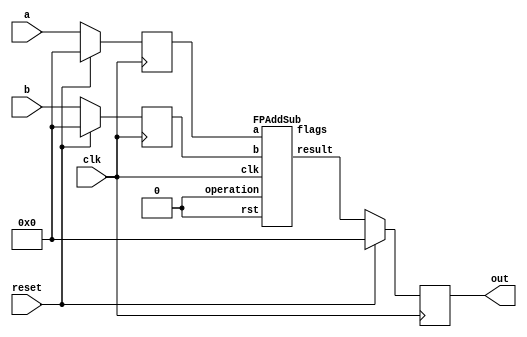
`define BFLOAT16 
`define VCS
`define EXPONENT 8
`define MANTISSA 7
`define EXPONENT 5
`define MANTISSA 10
`define SIGN 1
`define DWIDTH (`SIGN+`EXPONENT+`MANTISSA)
`define AWIDTH 10
`define MEM_SIZE 1024
`define DESIGN_SIZE 12
`define CU_SIZE 4
`define MASK_WIDTH 4
`define MEM_ACCESS_LATENCY 1
`define REG_DATAWIDTH 32
`define REG_ADDRWIDTH 8
`define ITERATIONS_WIDTH 32
`define REG_STDN_ADDR 32'h4
`define REG_MATRIX_A_ADDR 32'he
`define REG_MATRIX_B_ADDR 32'h12
`define REG_MATRIX_C_ADDR 32'h16
`define REG_VALID_MASK_A_ADDR 32'h20
`define REG_VALID_MASK_B_ADDR 32'h5c
`define REG_ITERATIONS_ADDR 32'h40
`define PE_PIPELINE_DEPTH 5
`define IDLE     2'b00
`define W_ENABLE  2'b01
`define R_ENABLE  2'b10

module seq_add(a, b, out, reset, clk);
input [`DWIDTH-1:0] a;
input [`DWIDTH-1:0] b;
input reset;
input clk;
output [`DWIDTH-1:0] out;

reg [`DWIDTH-1:0] a_flopped;
reg [`DWIDTH-1:0] b_flopped;

wire [`DWIDTH-1:0] sum_out_temp;
reg [`DWIDTH-1:0] sum_out_temp_reg;

always @(posedge clk) begin
  if (reset) begin
    a_flopped <= 0;
    b_flopped <= 0;
  end else begin
    a_flopped <= a;
    b_flopped <= b;
  end
end

//assign sum_out_temp = a + b;
`ifdef complex_dsp
adder_fp_clk add_u1(.clk(clk), .a(a_flopped), .b(b_flopped), .out(sum_out_temp));
`else
FPAddSub u_FPAddSub (.clk(clk), .rst(1'b0), .a(a_flopped), .b(b_flopped), .operation(1'b0), .result(sum_out_temp), .flags());
`endif

always @(posedge clk) begin
  if (reset) begin
    sum_out_temp_reg <= 0;
  end else begin
    sum_out_temp_reg <= sum_out_temp;
  end
end

assign out = sum_out_temp_reg;

endmodule

module FPAddSub(
		//bf16,
		clk,
		rst,
		a,
		b,
		operation,			// 0 add, 1 sub
		result,
		flags
	);
	//input bf16; //1 for Bfloat16, 0 for IEEE half precision

	// Clock and reset
	input clk ;										// Clock signal
	input rst ;										// Reset (active high, resets pipeline registers)
	
	// Input ports
	input [`DWIDTH-1:0] a ;								// Input A, a 32-bit floating point number
	input [`DWIDTH-1:0] b ;								// Input B, a 32-bit floating point number
	input operation ;								// Operation select signal
	
	// Output ports
	output [`DWIDTH-1:0] result ;						// Result of the operation
	output [4:0] flags ;							// Flags indicating exceptions according to IEEE754
	
	// Pipeline Registers
	//reg [79:0] pipe_1;							// Pipeline register PreAlign->Align1
	reg [2*`EXPONENT + 2*`DWIDTH + 5:0] pipe_1;							// Pipeline register PreAlign->Align1

	//reg [67:0] pipe_2;							// Pipeline register Align1->Align3
	//reg [2*`EXPONENT+ 2*`MANTISSA + 8:0] pipe_2;							// Pipeline register Align1->Align3
	wire [2*`EXPONENT+ 2*`MANTISSA + 8:0] pipe_2;

	//reg [76:0] pipe_3;	68						// Pipeline register Align1->Align3
	reg [2*`EXPONENT+ 2*`MANTISSA + 9:0] pipe_3;							// Pipeline register Align1->Align3

	//reg [69:0] pipe_4;							// Pipeline register Align3->Execute
	//reg [2*`EXPONENT+ 2*`MANTISSA + 9:0] pipe_4;							// Pipeline register Align3->Execute
	wire [2*`EXPONENT+ 2*`MANTISSA + 9:0] pipe_4;
	
	//reg [51:0] pipe_5;							// Pipeline register Execute->Normalize
	reg [`DWIDTH+`EXPONENT+11:0] pipe_5;							// Pipeline register Execute->Normalize

	//reg [56:0] pipe_6;							// Pipeline register Nomalize->NormalizeShift1
	//reg [`DWIDTH+`EXPONENT+16:0] pipe_6;							// Pipeline register Nomalize->NormalizeShift1
	wire [`DWIDTH+`EXPONENT+16:0] pipe_6;

	//reg [56:0] pipe_7;							// Pipeline register NormalizeShift2->NormalizeShift3
	//reg [`DWIDTH+`EXPONENT+16:0] pipe_7;							// Pipeline register NormalizeShift2->NormalizeShift3
	wire [`DWIDTH+`EXPONENT+16:0] pipe_7;
	//reg [54:0] pipe_8;							// Pipeline register NormalizeShift3->Round
	reg [`EXPONENT*2+`MANTISSA+15:0] pipe_8;							// Pipeline register NormalizeShift3->Round

	//reg [40:0] pipe_9;							// Pipeline register NormalizeShift3->Round
	//reg [`DWIDTH+8:0] pipe_9;							// Pipeline register NormalizeShift3->Round
	wire [`DWIDTH+8:0] pipe_9;

	// Internal wires between modules
	wire [`DWIDTH-2:0] Aout_0 ;							// A - sign
	wire [`DWIDTH-2:0] Bout_0 ;							// B - sign
	wire Opout_0 ;									// A's sign
	wire Sa_0 ;										// A's sign
	wire Sb_0 ;										// B's sign
	wire MaxAB_1 ;									// Indicates the larger of A and B(0/A, 1/B)
	wire [`EXPONENT-1:0] CExp_1 ;							// Common Exponent
	wire [`EXPONENT-1:0] Shift_1 ;							// Number of steps to smaller mantissa shift right (align)
	wire [`MANTISSA-1:0] Mmax_1 ;							// Larger mantissa
	wire [4:0] InputExc_0 ;						// Input numbers are exceptions
	wire [2*`EXPONENT-1:0] ShiftDet_0 ;
	wire [`MANTISSA-1:0] MminS_1 ;						// Smaller mantissa after 0/16 shift
	wire [`MANTISSA:0] MminS_2 ;						// Smaller mantissa after 0/4/8/12 shift
	wire [`MANTISSA:0] Mmin_3 ;							// Smaller mantissa after 0/1/2/3 shift
	wire [`DWIDTH:0] Sum_4 ;
	wire PSgn_4 ;
	wire Opr_4 ;
	wire [`EXPONENT-1:0] Shift_5 ;							// Number of steps to shift sum left (normalize)
	wire [`DWIDTH:0] SumS_5 ;							// Sum after 0/16 shift
	wire [`DWIDTH:0] SumS_6 ;							// Sum after 0/16 shift
	wire [`DWIDTH:0] SumS_7 ;							// Sum after 0/16 shift
	wire [`MANTISSA-1:0] NormM_8 ;						// Normalized mantissa
	wire [`EXPONENT:0] NormE_8;							// Adjusted exponent
	wire ZeroSum_8 ;								// Zero flag
	wire NegE_8 ;									// Flag indicating negative exponent
	wire R_8 ;										// Round bit
	wire S_8 ;										// Final sticky bit
	wire FG_8 ;										// Final sticky bit
	wire [`DWIDTH-1:0] P_int ;
	wire EOF ;
	
	// Prepare the operands for alignment and check for exceptions
	FPAddSub_PrealignModule PrealignModule
	(	// Inputs
		a, b, operation,
		// Outputs
		Sa_0, Sb_0, ShiftDet_0[2*`EXPONENT-1:0], InputExc_0[4:0], Aout_0[`DWIDTH-2:0], Bout_0[`DWIDTH-2:0], Opout_0) ;
		
	// Prepare the operands for alignment and check for exceptions
	FPAddSub_AlignModule AlignModule
	(	// Inputs
		pipe_1[2*`EXPONENT + 2*`DWIDTH + 4: 2*`EXPONENT +`DWIDTH + 6], pipe_1[2*`EXPONENT +`DWIDTH + 5 :  2*`EXPONENT +7], pipe_1[2*`EXPONENT+4:5],
		// Outputs
		CExp_1[`EXPONENT-1:0], MaxAB_1, Shift_1[`EXPONENT-1:0], MminS_1[`MANTISSA-1:0], Mmax_1[`MANTISSA-1:0]) ;	

	// Alignment Shift Stage 1
	FPAddSub_AlignShift1 AlignShift1
	(  // Inputs
		//bf16, 
		pipe_2[`MANTISSA-1:0], pipe_2[`EXPONENT+ 2*`MANTISSA + 4 : 2*`MANTISSA + 7],
		// Outputs
		MminS_2[`MANTISSA:0]) ;

	// Alignment Shift Stage 3 and compution of guard and sticky bits
	FPAddSub_AlignShift2 AlignShift2  
	(  // Inputs
		pipe_3[`MANTISSA:0], pipe_3[2*`MANTISSA+7:2*`MANTISSA+6],
		// Outputs
		Mmin_3[`MANTISSA:0]) ;
						
	// Perform mantissa addition
	FPAddSub_ExecutionModule ExecutionModule
	(  // Inputs
		pipe_4[`MANTISSA*2+5:`MANTISSA+6], pipe_4[`MANTISSA:0], pipe_4[2*`EXPONENT+ 2*`MANTISSA + 8], pipe_4[2*`EXPONENT+ 2*`MANTISSA + 7], pipe_4[2*`EXPONENT+ 2*`MANTISSA + 6], pipe_4[2*`EXPONENT+ 2*`MANTISSA + 9],
		// Outputs
		Sum_4[`DWIDTH:0], PSgn_4, Opr_4) ;
	
	// Prepare normalization of result
	FPAddSub_NormalizeModule NormalizeModule
	(  // Inputs
		pipe_5[`DWIDTH:0], 
		// Outputs
		SumS_5[`DWIDTH:0], Shift_5[4:0]) ;
					
	// Normalization Shift Stage 1
	FPAddSub_NormalizeShift1 NormalizeShift1
	(  // Inputs
		pipe_6[`DWIDTH:0], pipe_6[`DWIDTH+`EXPONENT+14:`DWIDTH+`EXPONENT+11],
		// Outputs
		SumS_7[`DWIDTH:0]) ;
		
	// Normalization Shift Stage 3 and final guard, sticky and round bits
	FPAddSub_NormalizeShift2 NormalizeShift2
	(  // Inputs
		pipe_7[`DWIDTH:0], pipe_7[`DWIDTH+`EXPONENT+5:`DWIDTH+6], pipe_7[`DWIDTH+`EXPONENT+15:`DWIDTH+`EXPONENT+11],
		// Outputs
		NormM_8[`MANTISSA-1:0], NormE_8[`EXPONENT:0], ZeroSum_8, NegE_8, R_8, S_8, FG_8) ;

	// Round and put result together
	FPAddSub_RoundModule RoundModule
	(  // Inputs
		 pipe_8[3], pipe_8[4+`EXPONENT:4], pipe_8[`EXPONENT+`MANTISSA+4:5+`EXPONENT], pipe_8[1], pipe_8[0], pipe_8[`EXPONENT*2+`MANTISSA+15], pipe_8[`EXPONENT*2+`MANTISSA+12], pipe_8[`EXPONENT*2+`MANTISSA+11], pipe_8[`EXPONENT*2+`MANTISSA+14], pipe_8[`EXPONENT*2+`MANTISSA+10], 
		// Outputs
		P_int[`DWIDTH-1:0], EOF) ;
	
	// Check for exceptions
	FPAddSub_ExceptionModule Exceptionmodule
	(  // Inputs
		pipe_9[8+`DWIDTH:9], pipe_9[8], pipe_9[7], pipe_9[6], pipe_9[5:1], pipe_9[0], 
		// Outputs
		result[`DWIDTH-1:0], flags[4:0]) ;			
	

assign pipe_2 = {pipe_1[2*`EXPONENT + 2*`DWIDTH + 5], pipe_1[2*`EXPONENT +6:2*`EXPONENT +5], MaxAB_1, CExp_1[`EXPONENT-1:0], Shift_1[`EXPONENT-1:0], Mmax_1[`MANTISSA-1:0], pipe_1[4:0], MminS_1[`MANTISSA-1:0]} ;
assign pipe_4 = {pipe_3[2*`EXPONENT+ 2*`MANTISSA + 9:`MANTISSA+1], Mmin_3[`MANTISSA:0]} ;
assign pipe_6 = {pipe_5[`DWIDTH+`EXPONENT+11], Shift_5[4:0], pipe_5[`DWIDTH+`EXPONENT+10:`DWIDTH+1], SumS_5[`DWIDTH:0]} ;
assign pipe_7 = {pipe_6[`DWIDTH+`EXPONENT+16:`DWIDTH+1], SumS_7[`DWIDTH:0]} ;
assign pipe_9 = {P_int[`DWIDTH-1:0], pipe_8[2], pipe_8[1], pipe_8[0], pipe_8[`EXPONENT+`MANTISSA+9:`EXPONENT+`MANTISSA+5], EOF} ;

	always @ (posedge clk) begin	
		if(rst) begin
			pipe_1 <= 0;
			//pipe_2 <= 0;
			pipe_3 <= 0;
			//pipe_4 <= 0;
			pipe_5 <= 0;
			//pipe_6 <= 0;
			//pipe_7 <= 0;
			pipe_8 <= 0;
			//pipe_9 <= 0;
		end 
		else begin
/* PIPE_1:
	[2*`EXPONENT + 2*`DWIDTH + 5]  Opout_0
	[2*`EXPONENT + 2*`DWIDTH + 4: 2*`EXPONENT +`DWIDTH + 6] A_out0
	[2*`EXPONENT +`DWIDTH + 5 :  2*`EXPONENT +7] Bout_0
	[2*`EXPONENT +6] Sa_0
	[2*`EXPONENT +5] Sb_0
	[2*`EXPONENT +4 : 5] ShiftDet_0
	[4:0] Input Exc
*/
			pipe_1 <= {Opout_0, Aout_0[`DWIDTH-2:0], Bout_0[`DWIDTH-2:0], Sa_0, Sb_0, ShiftDet_0[2*`EXPONENT -1:0], InputExc_0[4:0]} ;	
/* PIPE_2
[2*`EXPONENT+ 2*`MANTISSA + 8] operation
[2*`EXPONENT+ 2*`MANTISSA + 7] Sa_0
[2*`EXPONENT+ 2*`MANTISSA + 6] Sb_0
[2*`EXPONENT+ 2*`MANTISSA + 5] MaxAB_0
[2*`EXPONENT+ 2*`MANTISSA + 4:`EXPONENT+ 2*`MANTISSA + 5] CExp_0
[`EXPONENT+ 2*`MANTISSA + 4 : 2*`MANTISSA + 5] Shift_0
[2*`MANTISSA + 4:`MANTISSA + 5] Mmax_0
[`MANTISSA + 4 : `MANTISSA] InputExc_0
[`MANTISSA-1:0] MminS_1
*/
			//pipe_2 <= {pipe_1[2*`EXPONENT + 2*`DWIDTH + 5], pipe_1[2*`EXPONENT +6:2*`EXPONENT +5], MaxAB_1, CExp_1[`EXPONENT-1:0], Shift_1[`EXPONENT-1:0], Mmax_1[`MANTISSA-1:0], pipe_1[4:0], MminS_1[`MANTISSA-1:0]} ;	
/* PIPE_3
[2*`EXPONENT+ 2*`MANTISSA + 9] operation
[2*`EXPONENT+ 2*`MANTISSA + 8] Sa_0
[2*`EXPONENT+ 2*`MANTISSA + 7] Sb_0
[2*`EXPONENT+ 2*`MANTISSA + 6] MaxAB_0
[2*`EXPONENT+ 2*`MANTISSA + 5:`EXPONENT+ 2*`MANTISSA + 6] CExp_0
[`EXPONENT+ 2*`MANTISSA + 5 : 2*`MANTISSA + 6] Shift_0
[2*`MANTISSA + 5:`MANTISSA + 6] Mmax_0
[`MANTISSA + 5 : `MANTISSA + 1] InputExc_0
[`MANTISSA:0] MminS_2
*/
			pipe_3 <= {pipe_2[2*`EXPONENT+ 2*`MANTISSA + 8:`MANTISSA], MminS_2[`MANTISSA:0]} ;	
/* PIPE_4
[2*`EXPONENT+ 2*`MANTISSA + 9] operation
[2*`EXPONENT+ 2*`MANTISSA + 8] Sa_0
[2*`EXPONENT+ 2*`MANTISSA + 7] Sb_0
[2*`EXPONENT+ 2*`MANTISSA + 6] MaxAB_0
[2*`EXPONENT+ 2*`MANTISSA + 5:`EXPONENT+ 2*`MANTISSA + 6] CExp_0
[`EXPONENT+ 2*`MANTISSA + 5 : 2*`MANTISSA + 6] Shift_0
[2*`MANTISSA + 5:`MANTISSA + 6] Mmax_0
[`MANTISSA + 5 : `MANTISSA + 1] InputExc_0
[`MANTISSA:0] MminS_3
*/				
			//pipe_4 <= {pipe_3[2*`EXPONENT+ 2*`MANTISSA + 9:`MANTISSA+1], Mmin_3[`MANTISSA:0]} ;	
/* PIPE_5 :
[`DWIDTH+ `EXPONENT + 11] operation
[`DWIDTH+ `EXPONENT + 10] PSgn_4
[`DWIDTH+ `EXPONENT + 9] Opr_4
[`DWIDTH+ `EXPONENT + 8] Sa_0
[`DWIDTH+ `EXPONENT + 7] Sb_0
[`DWIDTH+ `EXPONENT + 6] MaxAB_0
[`DWIDTH+ `EXPONENT + 5 :`DWIDTH+6] CExp_0
[`DWIDTH+5:`DWIDTH+1] InputExc_0
[`DWIDTH:0] Sum_4
*/					
			pipe_5 <= {pipe_4[2*`EXPONENT+ 2*`MANTISSA + 9], PSgn_4, Opr_4, pipe_4[2*`EXPONENT+ 2*`MANTISSA + 8:`EXPONENT+ 2*`MANTISSA + 6], pipe_4[`MANTISSA+5:`MANTISSA+1], Sum_4[`DWIDTH:0]} ;
/* PIPE_6 :
[`DWIDTH+ `EXPONENT + 16] operation
[`DWIDTH+ `EXPONENT + 15:`DWIDTH+ `EXPONENT + 11] Shift_5
[`DWIDTH+ `EXPONENT + 10] PSgn_4
[`DWIDTH+ `EXPONENT + 9] Opr_4
[`DWIDTH+ `EXPONENT + 8] Sa_0
[`DWIDTH+ `EXPONENT + 7] Sb_0
[`DWIDTH+ `EXPONENT + 6] MaxAB_0
[`DWIDTH+ `EXPONENT + 5 :`DWIDTH+6] CExp_0
[`DWIDTH+5:`DWIDTH+1] InputExc_0
[`DWIDTH:0] Sum_4
*/				
			//pipe_6 <= {pipe_5[`DWIDTH+`EXPONENT+11], Shift_5[4:0], pipe_5[`DWIDTH+`EXPONENT+10:`DWIDTH+1], SumS_5[`DWIDTH:0]} ;	
/* PIPE_7 :
[`DWIDTH+ `EXPONENT + 16] operation
[`DWIDTH+ `EXPONENT + 15:`DWIDTH+ `EXPONENT + 11] Shift_5
[`DWIDTH+ `EXPONENT + 10] PSgn_4
[`DWIDTH+ `EXPONENT + 9] Opr_4
[`DWIDTH+ `EXPONENT + 8] Sa_0
[`DWIDTH+ `EXPONENT + 7] Sb_0
[`DWIDTH+ `EXPONENT + 6] MaxAB_0
[`DWIDTH+ `EXPONENT + 5 :`DWIDTH+6] CExp_0
[`DWIDTH+5:`DWIDTH+1] InputExc_0
[`DWIDTH:0] Sum_4
*/						
			//pipe_7 <= {pipe_6[`DWIDTH+`EXPONENT+16:`DWIDTH+1], SumS_7[`DWIDTH:0]} ;	
/* PIPE_8:
[2*`EXPONENT + `MANTISSA + 15] FG_8 
[2*`EXPONENT + `MANTISSA + 14] operation
[2*`EXPONENT + `MANTISSA + 13] PSgn_4
[2*`EXPONENT + `MANTISSA + 12] Sa_0
[2*`EXPONENT + `MANTISSA + 11] Sb_0
[2*`EXPONENT + `MANTISSA + 10] MaxAB_0
[2*`EXPONENT + `MANTISSA + 9:`EXPONENT + `MANTISSA + 10] CExp_0
[`EXPONENT + `MANTISSA + 9:`EXPONENT + `MANTISSA + 5] InputExc_8
[`EXPONENT + `MANTISSA + 4 :`EXPONENT + 5] NormM_8 
[`EXPONENT + 4 :4] NormE_8
[3] ZeroSum_8
[2] NegE_8
[1] R_8
[0] S_8
*/				
			pipe_8 <= {FG_8, pipe_7[`DWIDTH+`EXPONENT+16], pipe_7[`DWIDTH+`EXPONENT+10], pipe_7[`DWIDTH+`EXPONENT+8:`DWIDTH+1], NormM_8[`MANTISSA-1:0], NormE_8[`EXPONENT:0], ZeroSum_8, NegE_8, R_8, S_8} ;	
/* pipe_9:
[`DWIDTH + 8 :9] P_int
[8] NegE_8
[7] R_8
[6] S_8
[5:1] InputExc_8
[0] EOF
*/				
			//pipe_9 <= {P_int[`DWIDTH-1:0], pipe_8[2], pipe_8[1], pipe_8[0], pipe_8[`EXPONENT+`MANTISSA+9:`EXPONENT+`MANTISSA+5], EOF} ;	
		end
	end		
	
endmodule
module FPAddSub_ExceptionModule(
		Z,
		NegE,
		R,
		S,
		InputExc,
		EOF,
		P,
		Flags
    );
	 
	// Input ports
	input [`DWIDTH-1:0] Z	;					// Final product
	input NegE ;						// Negative exponent?
	input R ;							// Round bit
	input S ;							// Sticky bit
	input [4:0] InputExc ;			// Exceptions in inputs A and B
	input EOF ;
	
	// Output ports
	output [`DWIDTH-1:0] P ;					// Final result
	output [4:0] Flags ;				// Exception flags
	
	// Internal signals
	wire Overflow ;					// Overflow flag
	wire Underflow ;					// Underflow flag
	wire DivideByZero ;				// Divide-by-Zero flag (always 0 in Add/Sub)
	wire Invalid ;						// Invalid inputs or result
	wire Inexact ;						// Result is inexact because of rounding
	
	// Exception flags
	
	// Result is too big to be represented
	assign Overflow = EOF | InputExc[1] | InputExc[0] ;
	
	// Result is too small to be represented
	assign Underflow = NegE & (R | S);
	
	// Infinite result computed exactly from finite operands
	assign DivideByZero = &(Z[`MANTISSA+`EXPONENT-1:`MANTISSA]) & ~|(Z[`MANTISSA+`EXPONENT-1:`MANTISSA]) & ~InputExc[1] & ~InputExc[0];
	
	// Invalid inputs or operation
	assign Invalid = |(InputExc[4:2]) ;
	
	// Inexact answer due to rounding, overflow or underflow
	assign Inexact = (R | S) | Overflow | Underflow;
	
	// Put pieces together to form final result
	assign P = Z ;
	
	// Collect exception flags	
	assign Flags = {Overflow, Underflow, DivideByZero, Invalid, Inexact} ; 	
	
endmodule
module FPAddSub_RoundModule(
		ZeroSum,
		NormE,
		NormM,
		R,
		S,
		G,
		Sa,
		Sb,
		Ctrl,
		MaxAB,
		Z,
		EOF
    );

	// Input ports
	input ZeroSum ;					// Sum is zero
	input [`EXPONENT:0] NormE ;				// Normalized exponent
	input [`MANTISSA-1:0] NormM ;				// Normalized mantissa
	input R ;							// Round bit
	input S ;							// Sticky bit
	input G ;
	input Sa ;							// A's sign bit
	input Sb ;							// B's sign bit
	input Ctrl ;						// Control bit (operation)
	input MaxAB ;
	
	// Output ports
	output [`DWIDTH-1:0] Z ;					// Final result
	output EOF ;
	
	// Internal signals
	wire [`MANTISSA:0] RoundUpM ;			// Rounded up sum with room for overflow
	wire [`MANTISSA-1:0] RoundM ;				// The final rounded sum
	wire [`EXPONENT:0] RoundE ;				// Rounded exponent (note extra bit due to poential overflow	)
	wire RoundUp ;						// Flag indicating that the sum should be rounded up
        wire FSgn;
	wire ExpAdd ;						// May have to add 1 to compensate for overflow 
	wire RoundOF ;						// Rounding overflow
	
	wire [`EXPONENT:0]temp_2;
	assign temp_2 = 0;
	// The cases where we need to round upwards (= adding one) in Round to nearest, tie to even
	assign RoundUp = (G & ((R | S) | NormM[0])) ;
	
	// Note that in the other cases (rounding down), the sum is already 'rounded'
	assign RoundUpM = (NormM + 1) ;								// The sum, rounded up by 1
	assign RoundM = (RoundUp ? RoundUpM[`MANTISSA-1:0] : NormM) ; 	// Compute final mantissa	
	assign RoundOF = RoundUp & RoundUpM[`MANTISSA] ; 				// Check for overflow when rounding up

	// Calculate post-rounding exponent
	assign ExpAdd = (RoundOF ? 1'b1 : 1'b0) ; 				// Add 1 to exponent to compensate for overflow
	assign RoundE = ZeroSum ? temp_2 : (NormE + ExpAdd) ; 							// Final exponent

	// If zero, need to determine sign according to rounding
	assign FSgn = (ZeroSum & (Sa ^ Sb)) | (ZeroSum ? (Sa & Sb & ~Ctrl) : ((~MaxAB & Sa) | ((Ctrl ^ Sb) & (MaxAB | Sa)))) ;

	// Assign final result
	assign Z = {FSgn, RoundE[`EXPONENT-1:0], RoundM[`MANTISSA-1:0]} ;
	
	// Indicate exponent overflow
	assign EOF = RoundE[`EXPONENT];
	
endmodule
module FPAddSub_NormalizeShift2(
		PSSum,
		CExp,
		Shift,
		NormM,
		NormE,
		ZeroSum,
		NegE,
		R,
		S,
		FG
	);
	
	// Input ports
	input [`DWIDTH:0] PSSum ;					// The Pre-Shift-Sum
	input [`EXPONENT-1:0] CExp ;
	input [4:0] Shift ;					// Amount to be shifted

	// Output ports
	output [`MANTISSA-1:0] NormM ;				// Normalized mantissa
	output [`EXPONENT:0] NormE ;					// Adjusted exponent
	output ZeroSum ;						// Zero flag
	output NegE ;							// Flag indicating negative exponent
	output R ;								// Round bit
	output S ;								// Final sticky bit
	output FG ;

	// Internal signals
	wire MSBShift ;						// Flag indicating that a second shift is needed
	wire [`EXPONENT:0] ExpOF ;					// MSB set in sum indicates overflow
	wire [`EXPONENT:0] ExpOK ;					// MSB not set, no adjustment
	
	// Calculate normalized exponent and mantissa, check for all-zero sum
	assign MSBShift = PSSum[`DWIDTH] ;		// Check MSB in unnormalized sum
	assign ZeroSum = ~|PSSum ;			// Check for all zero sum
	assign ExpOK = CExp - Shift ;		// Adjust exponent for new normalized mantissa
	assign NegE = ExpOK[`EXPONENT] ;			// Check for exponent overflow
	assign ExpOF = CExp - Shift + 1'b1 ;		// If MSB set, add one to exponent(x2)
	assign NormE = MSBShift ? ExpOF : ExpOK ;			// Check for exponent overflow
	assign NormM = PSSum[`DWIDTH-1:`EXPONENT+1] ;		// The new, normalized mantissa
	
	// Also need to compute sticky and round bits for the rounding stage
	assign FG = PSSum[`EXPONENT] ; 
	assign R = PSSum[`EXPONENT-1] ;
	assign S = |PSSum[`EXPONENT-2:0] ;
	
endmodule
module FPAddSub_NormalizeShift1(
		MminP,
		Shift,
		Mmin
	);
	
	// Input ports
	input [`DWIDTH:0] MminP ;						// Smaller mantissa after 16|12|8|4 shift
	input [3:0] Shift ;						// Shift amount
	
	// Output ports
	output [`DWIDTH:0] Mmin ;						// The smaller mantissa
	
	reg	  [`DWIDTH:0]		Lvl2;
	wire    [2*`DWIDTH+1:0]    Stage1;	
	reg	  [`DWIDTH:0]		Lvl3;
	wire    [2*`DWIDTH+1:0]    Stage2;	
	integer           i;               	// Loop variable
	
	assign Stage1 = {MminP, MminP};

	always @(*) begin    					// Rotate {0 | 4 | 8 | 12} bits
	  case (Shift[3:2])
			// Rotate by 0
			2'b00: Lvl2 <= Stage1[`DWIDTH:0];       		
			// Rotate by 4
			2'b01: begin for (i=33; i>=17; i=i-1) begin Lvl2[i-33] <= Stage1[i-4]; end Lvl2[3:0] <= 0; end
			// Rotate by 8
			2'b10: begin for (i=33; i>=17; i=i-1) begin Lvl2[i-33] <= Stage1[i-8]; end Lvl2[7:0] <= 0; end
			// Rotate by 12
			2'b11: begin for (i=33; i>=17; i=i-1) begin Lvl2[i-33] <= Stage1[i-12]; end Lvl2[11:0] <= 0; end
	  endcase
	end
	
	assign Stage2 = {Lvl2, Lvl2};

	always @(*) begin   				 		// Rotate {0 | 1 | 2 | 3} bits
	  case (Shift[1:0])
			// Rotate by 0
			2'b00:  Lvl3 <= Stage2[`DWIDTH:0];
			// Rotate by 1
			2'b01: begin for (i=33; i>=17; i=i-1) begin Lvl3[i-`DWIDTH-1] <= Stage2[i-1]; end Lvl3[0] <= 0; end 
			// Rotate by 2
			2'b10: begin for (i=33; i>=17; i=i-1) begin Lvl3[i-`DWIDTH-1] <= Stage2[i-2]; end Lvl3[1:0] <= 0; end
			// Rotate by 3
			2'b11: begin for (i=33; i>=17; i=i-1) begin Lvl3[i-`DWIDTH-1] <= Stage2[i-3]; end Lvl3[2:0] <= 0; end
	  endcase
	end
	
	// Assign outputs
	assign Mmin = Lvl3;						// Take out smaller mantissa			
	
endmodule
module FPAddSub_NormalizeModule(
		Sum,
		Mmin,
		Shift
    );

	// Input ports
	input [`DWIDTH:0] Sum ;					// Mantissa sum including hidden 1 and GRS
	
	// Output ports
	output [`DWIDTH:0] Mmin ;					// Mantissa after 16|0 shift
	output [4:0] Shift ;					// Shift amount
	//Changes in this doesn't matter since even Bfloat16 can't go beyond 7 shift to the mantissa (only 3 bits valid here)  
	// Determine normalization shift amount by finding leading nought
	assign Shift =  ( 
		Sum[16] ? 5'b00000 :	 
		Sum[15] ? 5'b00001 : 
		Sum[14] ? 5'b00010 : 
		Sum[13] ? 5'b00011 : 
		Sum[12] ? 5'b00100 : 
		Sum[11] ? 5'b00101 : 
		Sum[10] ? 5'b00110 : 
		Sum[9] ? 5'b00111 :
		Sum[8] ? 5'b01000 :
		Sum[7] ? 5'b01001 :
		Sum[6] ? 5'b01010 :
		Sum[5] ? 5'b01011 :
		Sum[4] ? 5'b01100 : 5'b01101
	//	Sum[19] ? 5'b01101 :
	//	Sum[18] ? 5'b01110 :
	//	Sum[17] ? 5'b01111 :
	//	Sum[16] ? 5'b10000 :
	//	Sum[15] ? 5'b10001 :
	//	Sum[14] ? 5'b10010 :
	//	Sum[13] ? 5'b10011 :
	//	Sum[12] ? 5'b10100 :
	//	Sum[11] ? 5'b10101 :
	//	Sum[10] ? 5'b10110 :
	//	Sum[9] ? 5'b10111 :
	//	Sum[8] ? 5'b11000 :
	//	Sum[7] ? 5'b11001 : 5'b11010
	);
	
	reg	  [`DWIDTH:0]		Lvl1;
	
	always @(*) begin
		// Rotate by 16?
		Lvl1 <= Shift[4] ? {Sum[8:0], 8'b00000000} : Sum; 
	end
	
	// Assign outputs
	assign Mmin = Lvl1;						// Take out smaller mantissa

endmodule
module FPAddSub_ExecutionModule(
		Mmax,
		Mmin,
		Sa,
		Sb,
		MaxAB,
		OpMode,
		Sum,
		PSgn,
		Opr
    );

	// Input ports
	input [`MANTISSA-1:0] Mmax ;					// The larger mantissa
	input [`MANTISSA:0] Mmin ;					// The smaller mantissa
	input Sa ;								// Sign bit of larger number
	input Sb ;								// Sign bit of smaller number
	input MaxAB ;							// Indicates the larger number (0/A, 1/B)
	input OpMode ;							// Operation to be performed (0/Add, 1/Sub)
	
	// Output ports
	output [`DWIDTH:0] Sum ;					// The result of the operation
	output PSgn ;							// The sign for the result
	output Opr ;							// The effective (performed) operation

	wire [`EXPONENT-1:0]temp_1;

	assign Opr = (OpMode^Sa^Sb); 		// Resolve sign to determine operation
	assign temp_1 = 0;
	// Perform effective operation
//SAMIDH_UNSURE 5--> 8

	assign Sum = (OpMode^Sa^Sb) ? ({1'b1, Mmax, temp_1} - {Mmin, temp_1}) : ({1'b1, Mmax, temp_1} + {Mmin, temp_1}) ;
	
	// Assign result sign
	assign PSgn = (MaxAB ? Sb : Sa) ;

endmodule
module FPAddSub_AlignShift2(
		MminP,
		Shift,
		Mmin
	);
	
	// Input ports
	input [`MANTISSA:0] MminP ;						// Smaller mantissa after 16|12|8|4 shift
	input [1:0] Shift ;						// Shift amount. Last 2 bits
	
	// Output ports
	output [`MANTISSA:0] Mmin ;						// The smaller mantissa
	
	// Internal Signal
	reg	  [`MANTISSA:0]		Lvl3;
	wire    [2*`MANTISSA+1:0]    Stage2;	
	integer           j;               // Loop variable
	
	assign Stage2 = {11'b0, MminP};

	always @(*) begin    // Rotate {0 | 1 | 2 | 3} bits
	  case (Shift[1:0])
			// Rotate by 0
			2'b00:  Lvl3 <= Stage2[`MANTISSA:0];   
			// Rotate by 1
			2'b01:  begin for (j=0; j<=`MANTISSA; j=j+1)  begin Lvl3[j] <= Stage2[j+1]; end Lvl3[`MANTISSA] <= 0; end 
			// Rotate by 2
			2'b10:  begin for (j=0; j<=`MANTISSA; j=j+1)  begin Lvl3[j] <= Stage2[j+2]; end Lvl3[`MANTISSA:`MANTISSA-1] <= 0; end 
			// Rotate by 3
			2'b11:  begin for (j=0; j<=`MANTISSA; j=j+1)  begin Lvl3[j] <= Stage2[j+3]; end Lvl3[`MANTISSA:`MANTISSA-2] <= 0; end 	  
	  endcase
	end
	
	// Assign output
	assign Mmin = Lvl3;						// Take out smaller mantissa				

endmodule
module FPAddSub_AlignShift1(
		//bf16,
		MminP,
		Shift,
		Mmin
	);
	
	// Input ports
	//input bf16;
	input [`MANTISSA-1:0] MminP ;						// Smaller mantissa after 16|12|8|4 shift
	input [`EXPONENT-3:0] Shift ;						// Shift amount. Last 2 bits of shifting are done in next stage. Hence, we have [`EXPONENT - 2] bits
	
	// Output ports
	output [`MANTISSA:0] Mmin ;						// The smaller mantissa
	

	wire bf16;
	assign bf16 = 1'b1; //hardcoding to 1, to avoid ODIN issue. a `ifdef here wasn't working. apparently, nested `ifdefs don't work

	// Internal signals
	reg	  [`MANTISSA:0]		Lvl1;
	reg	  [`MANTISSA:0]		Lvl2;
	wire    [2*`MANTISSA+1:0]    Stage1;	
	integer           i;                // Loop variable

	wire [`MANTISSA:0] temp_0; 

assign temp_0 = 0;

	always @(*) begin
		if (bf16 == 1'b1) begin						
//hardcoding for bfloat16
	//For bfloat16, we can shift the mantissa by a max of 7 bits since mantissa has a width of 7. 
	//Hence if either, bit[3]/bit[4]/bit[5]/bit[6]/bit[7] is 1, we can make it 0. This corresponds to bits [5:1] in our updated shift which doesn't contain last 2 bits.
		//Lvl1 <= (Shift[1]|Shift[2]|Shift[3]|Shift[4]|Shift[5]) ? {temp_0} : {1'b1, MminP};  // MANTISSA + 1 width	
		Lvl1 <= (|Shift[`EXPONENT-3:1]) ? {temp_0} : {1'b1, MminP};  // MANTISSA + 1 width	
		end
		else begin
		//for half precision fp16, 10 bits can be shifted. Hence, only shifts till 10 (01010)can be made. 
		Lvl1 <= Shift[2] ? {temp_0} : {1'b1, MminP};
		end
	end
	
	assign Stage1 = { temp_0, Lvl1}; //2*MANTISSA + 2 width

	always @(*) begin    					// Rotate {0 | 4 } bits
	if(bf16 == 1'b1) begin
	  case (Shift[0])
			// Rotate by 0	
			1'b0:  Lvl2 <= Stage1[`MANTISSA:0];       			
			// Rotate by 4	
			1'b1:  begin for (i=0; i<=`MANTISSA; i=i+1) begin Lvl2[i] <= Stage1[i+4]; end Lvl2[`MANTISSA:`MANTISSA-3] <= 0; end
	  endcase
	end
	else begin
	  case (Shift[1:0])					// Rotate {0 | 4 | 8} bits
			// Rotate by 0	
			2'b00:  Lvl2 <= Stage1[`MANTISSA:0];       			
			// Rotate by 4	
			2'b01:  begin for (i=0; i<=`MANTISSA; i=i+1) begin Lvl2[i] <= Stage1[i+4]; end Lvl2[`MANTISSA:`MANTISSA-3] <= 0; end
			// Rotate by 8
			2'b10:  begin for (i=0; i<=`MANTISSA; i=i+1) begin Lvl2[i] <= Stage1[i+8]; end Lvl2[`MANTISSA:`MANTISSA-7] <= 0; end
			// Rotate by 12	
			2'b11: Lvl2[`MANTISSA: 0] <= 0; 
			//2'b11:  begin for (i=0; i<=`MANTISSA; i=i+1) begin Lvl2[i] <= Stage1[i+12]; end Lvl2[`MANTISSA:`MANTISSA-12] <= 0; end
	  endcase
	end
	end

	// Assign output to next shift stage
	assign Mmin = Lvl2;
	
endmodule
module FPAddSub_AlignModule (
		A,
		B,
		ShiftDet,
		CExp,
		MaxAB,
		Shift,
		Mmin,
		Mmax
	);
	
	// Input ports
	input [`DWIDTH-2:0] A ;								// Input A, a 32-bit floating point number
	input [`DWIDTH-2:0] B ;								// Input B, a 32-bit floating point number
	input [2*`EXPONENT-1:0] ShiftDet ;
	
	// Output ports
	output [`EXPONENT-1:0] CExp ;							// Common Exponent
	output MaxAB ;									// Incidates larger of A and B (0/A, 1/B)
	output [`EXPONENT-1:0] Shift ;							// Number of steps to smaller mantissa shift right
	output [`MANTISSA-1:0] Mmin ;							// Smaller mantissa 
	output [`MANTISSA-1:0] Mmax ;							// Larger mantissa
	
	// Internal signals
	//wire BOF ;										// Check for shifting overflow if B is larger
	//wire AOF ;										// Check for shifting overflow if A is larger
	
	assign MaxAB = (A[`DWIDTH-2:0] < B[`DWIDTH-2:0]) ;	
	//assign BOF = ShiftDet[9:5] < 25 ;		// Cannot shift more than 25 bits
	//assign AOF = ShiftDet[4:0] < 25 ;		// Cannot shift more than 25 bits
	
	// Determine final shift value
	//assign Shift = MaxAB ? (BOF ? ShiftDet[9:5] : 5'b11001) : (AOF ? ShiftDet[4:0] : 5'b11001) ;
	
	assign Shift = MaxAB ? ShiftDet[2*`EXPONENT-1:`EXPONENT] : ShiftDet[`EXPONENT-1:0] ;
	
	// Take out smaller mantissa and append shift space
	assign Mmin = MaxAB ? A[`MANTISSA-1:0] : B[`MANTISSA-1:0] ; 
	
	// Take out larger mantissa	
	assign Mmax = MaxAB ? B[`MANTISSA-1:0]: A[`MANTISSA-1:0] ;	
	
	// Common exponent
	assign CExp = (MaxAB ? B[`MANTISSA+`EXPONENT-1:`MANTISSA] : A[`MANTISSA+`EXPONENT-1:`MANTISSA]) ;		
	
endmodule
module FPAddSub_PrealignModule(
		A,
		B,
		operation,
		Sa,
		Sb,
		ShiftDet,
		InputExc,
		Aout,
		Bout,
		Opout
	);
	
	// Input ports
	input [`DWIDTH-1:0] A ;										// Input A, a 32-bit floating point number
	input [`DWIDTH-1:0] B ;										// Input B, a 32-bit floating point number
	input operation ;
	
	// Output ports
	output Sa ;												// A's sign
	output Sb ;												// B's sign
	output [2*`EXPONENT-1:0] ShiftDet ;
	output [4:0] InputExc ;								// Input numbers are exceptions
	output [`DWIDTH-2:0] Aout ;
	output [`DWIDTH-2:0] Bout ;
	output Opout ;
	
	// Internal signals									// If signal is high...
	wire ANaN ;												// A is a NaN (Not-a-Number)
	wire BNaN ;												// B is a NaN
	wire AInf ;												// A is infinity
	wire BInf ;												// B is infinity
	wire [`EXPONENT-1:0] DAB ;										// ExpA - ExpB					
	wire [`EXPONENT-1:0] DBA ;										// ExpB - ExpA	
	
	assign ANaN = &(A[`DWIDTH-2:`DWIDTH-1-`EXPONENT]) & |(A[`MANTISSA-1:0]) ;		// All one exponent and not all zero mantissa - NaN
	assign BNaN = &(B[`DWIDTH-2:`DWIDTH-1-`EXPONENT]) & |(B[`MANTISSA-1:0]);		// All one exponent and not all zero mantissa - NaN
	assign AInf = &(A[`DWIDTH-2:`DWIDTH-1-`EXPONENT]) & ~|(A[`MANTISSA-1:0]) ;	// All one exponent and all zero mantissa - Infinity
	assign BInf = &(B[`DWIDTH-2:`DWIDTH-1-`EXPONENT]) & ~|(B[`MANTISSA-1:0]) ;	// All one exponent and all zero mantissa - Infinity
	
	// Put all flags into exception vector
	assign InputExc = {(ANaN | BNaN | AInf | BInf), ANaN, BNaN, AInf, BInf} ;
	
	//assign DAB = (A[30:23] - B[30:23]) ;
	//assign DBA = (B[30:23] - A[30:23]) ;
	assign DAB = (A[`DWIDTH-2:`MANTISSA] + ~(B[`DWIDTH-2:`MANTISSA]) + 1) ;
	assign DBA = (B[`DWIDTH-2:`MANTISSA] + ~(A[`DWIDTH-2:`MANTISSA]) + 1) ;
	
	assign Sa = A[`DWIDTH-1] ;									// A's sign bit
	assign Sb = B[`DWIDTH-1] ;									// B's sign	bit
	assign ShiftDet = {DBA[`EXPONENT-1:0], DAB[`EXPONENT-1:0]} ;		// Shift data
	assign Opout = operation ;
	assign Aout = A[`DWIDTH-2:0] ;
	assign Bout = B[`DWIDTH-2:0] ;
	
endmodule